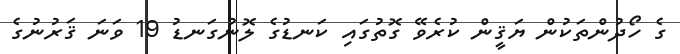
ގެ ހޯދުންތަކުން ޔަޤީން ކުރެވޭ ގޮތުގައި ކަނޑުގެ ލޮނުގަނޑު 19 ވަނަ ޤަރުނުގެ